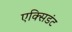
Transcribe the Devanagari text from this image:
एक्सिडंट